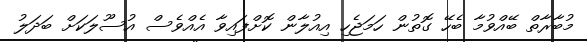
މުބާރާތް ބޭއްވުމާ ބެހޭ ގޮތުން ހަމަޖެހި އިއުލާން ކޮށްފައިވާ އެއްވެސް އުސޫލަކަށް ބަދަލު